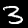
Digit: 3